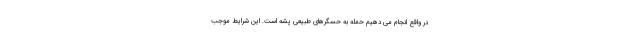
در واقع انجام می دهیم حمله به حسگرهای طبیعی پشه است. این شرایط موجب